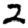
Digit: 2